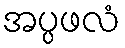
အပ္ပဖလံ